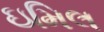
ઇમિલ